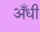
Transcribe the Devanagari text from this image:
अँधी